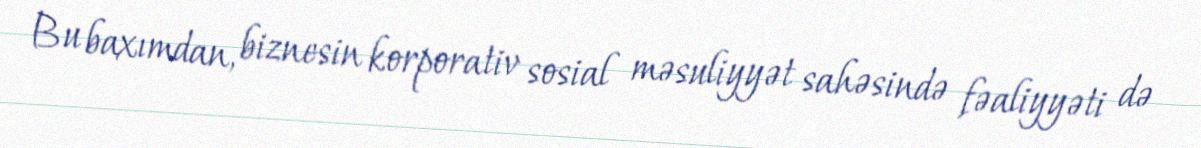
Bu baxımdan, biznesin korporativ sosial məsuliyyət sahəsində fəaliyyəti də